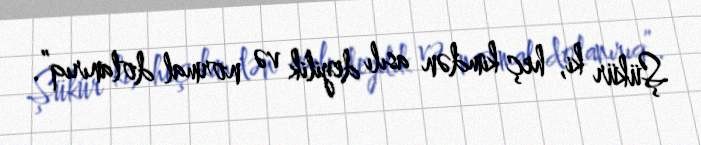
Şükür ki, heç kimdən asılı deyilik və normal dolanırıq”.